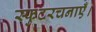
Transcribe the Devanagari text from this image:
स्फुटरचनाएँ।